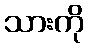
သားကို